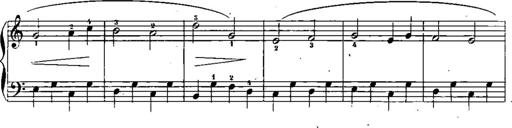
Title: Trois sonatines
Composer: Maurice Emmanuel